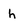
Character: h